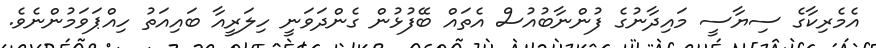
އެމެރިކާގެ ސިޔާސީ މައިދާނުގެ ފުންނާބުއުސް އެތައް ބޭފުޅުން ގެންދަވަނީ ހިލަރީއާ ބައިއަތު ހިއްޕަވަމުންނެވެ.